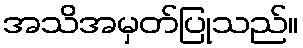
အသိအမှတ်ပြုသည်။